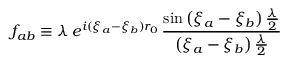
f _ { a b } \equiv \lambda \, e ^ { i ( \xi _ { a } - \xi _ { b } ) r _ { 0 } } \, \frac { \sin \left( \xi _ { a } - \xi _ { b } \right) \frac { \lambda } { 2 } } { \left( \xi _ { a } - \xi _ { b } \right) \frac { \lambda } { 2 } }